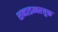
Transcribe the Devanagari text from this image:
शब्दाडम्बरयुक्त